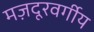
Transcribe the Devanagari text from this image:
मज़दूरवर्गीय